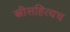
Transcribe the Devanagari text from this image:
स्त्रीसहित्यच